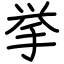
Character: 挙